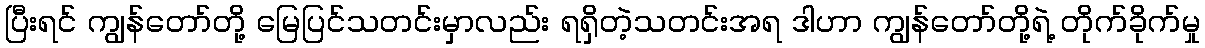
ပြီးရင် ကျွန်တော်တို့ မြေပြင်သတင်းမှာလည်း ရရှိတဲ့သတင်းအရ ဒါဟာ ကျွန်တော်တို့ရဲ့ တိုက်ခိုက်မှု